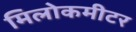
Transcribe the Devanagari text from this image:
मिलोकमीटर